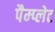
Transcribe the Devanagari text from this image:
पैम्प्लेट